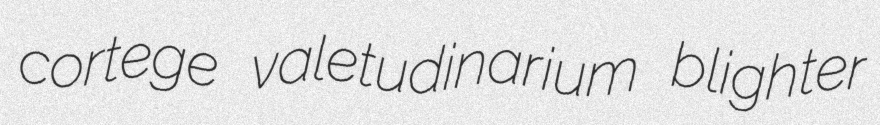
cortege valetudinarium blighter